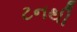
ટનથી